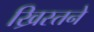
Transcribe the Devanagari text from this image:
ख्रिस्तने